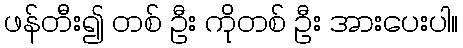
ဖန်တီး၍ တစ် ဦး ကိုတစ် ဦး အားပေးပါ။